Civil Veterinary Department. Madras. Admin. report 1926-33 - 1926-1933
Year: 1926
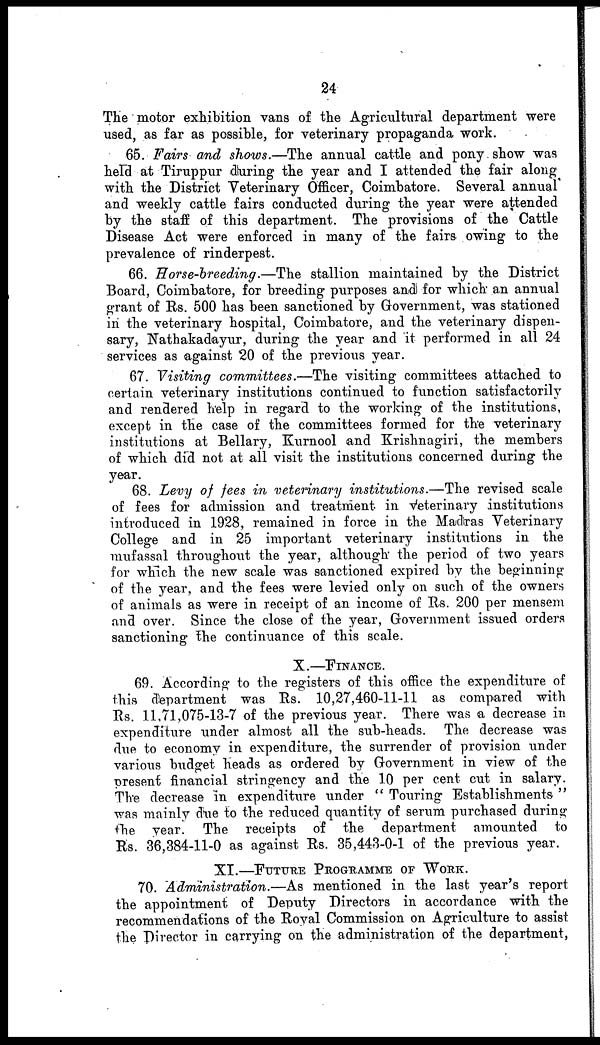
24
The motor exhibition vans of the Agricultural department were
used, as far as possible, for veterinary propaganda work.
65. Fairs and shows.—The annual cattle and pony show was
held at Tiruppur during the year and I attended the fair along
with the District Veterinary Officer, Coimbatore. Several annual
and weekly cattle fairs conducted during the year were attended
by the staff of this department. The provisions of the Cattle
Disease Act were enforced in many of the fairs owing to the
prevalence of rinderpest.
66. Horse-breeding.—The
stallion maintained by the District
Board, Coimbatore, for breeding purposes and for which an annual
grant of Rs. 500 has been sanctioned by Government, was stationed
in the veterinary hospital, Coimbatore, and the veterinary dispen-
sary, Nathakadayur, during the year and it performed in all 24
services as against 20 of the previous year.
67. Visiting committees.—The
visiting committees attached to
certain veterinary institutions continued to function satisfactorily
and rendered help in regard to the working of the institutions,
except in the case of the committees formed for the veterinary
institutions at Bellary, Kurnool and Krishnagiri, the members
of which did not at all visit the institutions concerned during the
year.
68. Levy of fees in veterinary institutions.—The
revised scale
of fees for admission and treatment in Veterinary institutions
introduced in 1928, remained in force in the Madras Veterinary
College and in 25 important veterinary institutions in the
mufassal throughout the year, although the period of two years
for which the new scale was sanctioned expired by the beginning
of the year, and the fees were levied only on such of the owners
of animals as were in receipt of an income of Rs. 200 per mensem
and over. Since the close of the year, Government issued orders
sanctioning the continuance of this scale.
X.—FINANCE.
69. According to the registers of this office the expenditure of
this department was Rs. 10,27,460-11-11 as compared with
Rs. 11.71,075-13-7 of the previous year. There was a decrease in
expenditure under almost all the sub-heads. The decrease was
due to economy in expenditure, the surrender of provision under
various budget heads as ordered by Government in view of the
present financial stringency and the 10 per cent cut in salary.
The decrease in expenditure under " Touring Establishments "
was mainly due to the reduced quantity of serum purchased during
the year. The receipts of the department amounted
to
Rs. 36,384-11-0 as against Rs. 35,443-0-1 of the previous year.
XI.—FUTURE PROGRAMME OF WORK.
70. Administration.—As
mentioned in the last year's report
the appointment of Deputy Directors in accordance with the
recommendations of the Royal Commission on Agriculture to assist
the Director in carrying on the administration of the department,